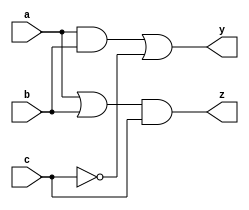
module combinational_logic (
    input wire a,        // Input signal a
    input wire b,        // Input signal b
    input wire c,        // Input signal c
    output reg y,        // Output signal y
    output reg z         // Output signal z
);

    always @(*) begin
        // Assigning values to output based on logical operations on inputs
        y = (a & b) | (~c);  // y is true if both a and b are true, or c is false
        z = (a | b) & c;     // z is true if c is true and at least one of a or b is true
    end

endmodule